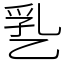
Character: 㐠